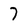
Character: 7